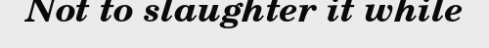
Not to slaughter it while